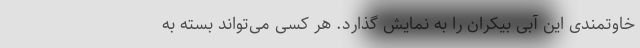
خاوتمندی این آبی بیکران را به نمایش گذارد. هر کسی می‌تواند بسته به